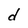
Character: d